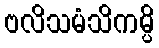
ဗလိသမံသိကမ္ပိ